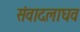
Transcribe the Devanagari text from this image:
संवादलाघव